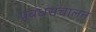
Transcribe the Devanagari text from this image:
प्रबंधसंचालन